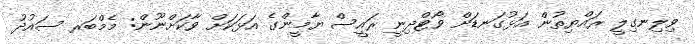
ވިލިނގިލީ ރައްޔިތުން އަޅުގަނޑަށް ވޯޓްދިނީ ރައީސް ޔާމީންގެ އަޅަކަށް ވާކަށްނޫން: މެމްބަރ ސައުދު